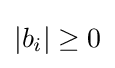
\left|{b_{i}}\right|\geq 0